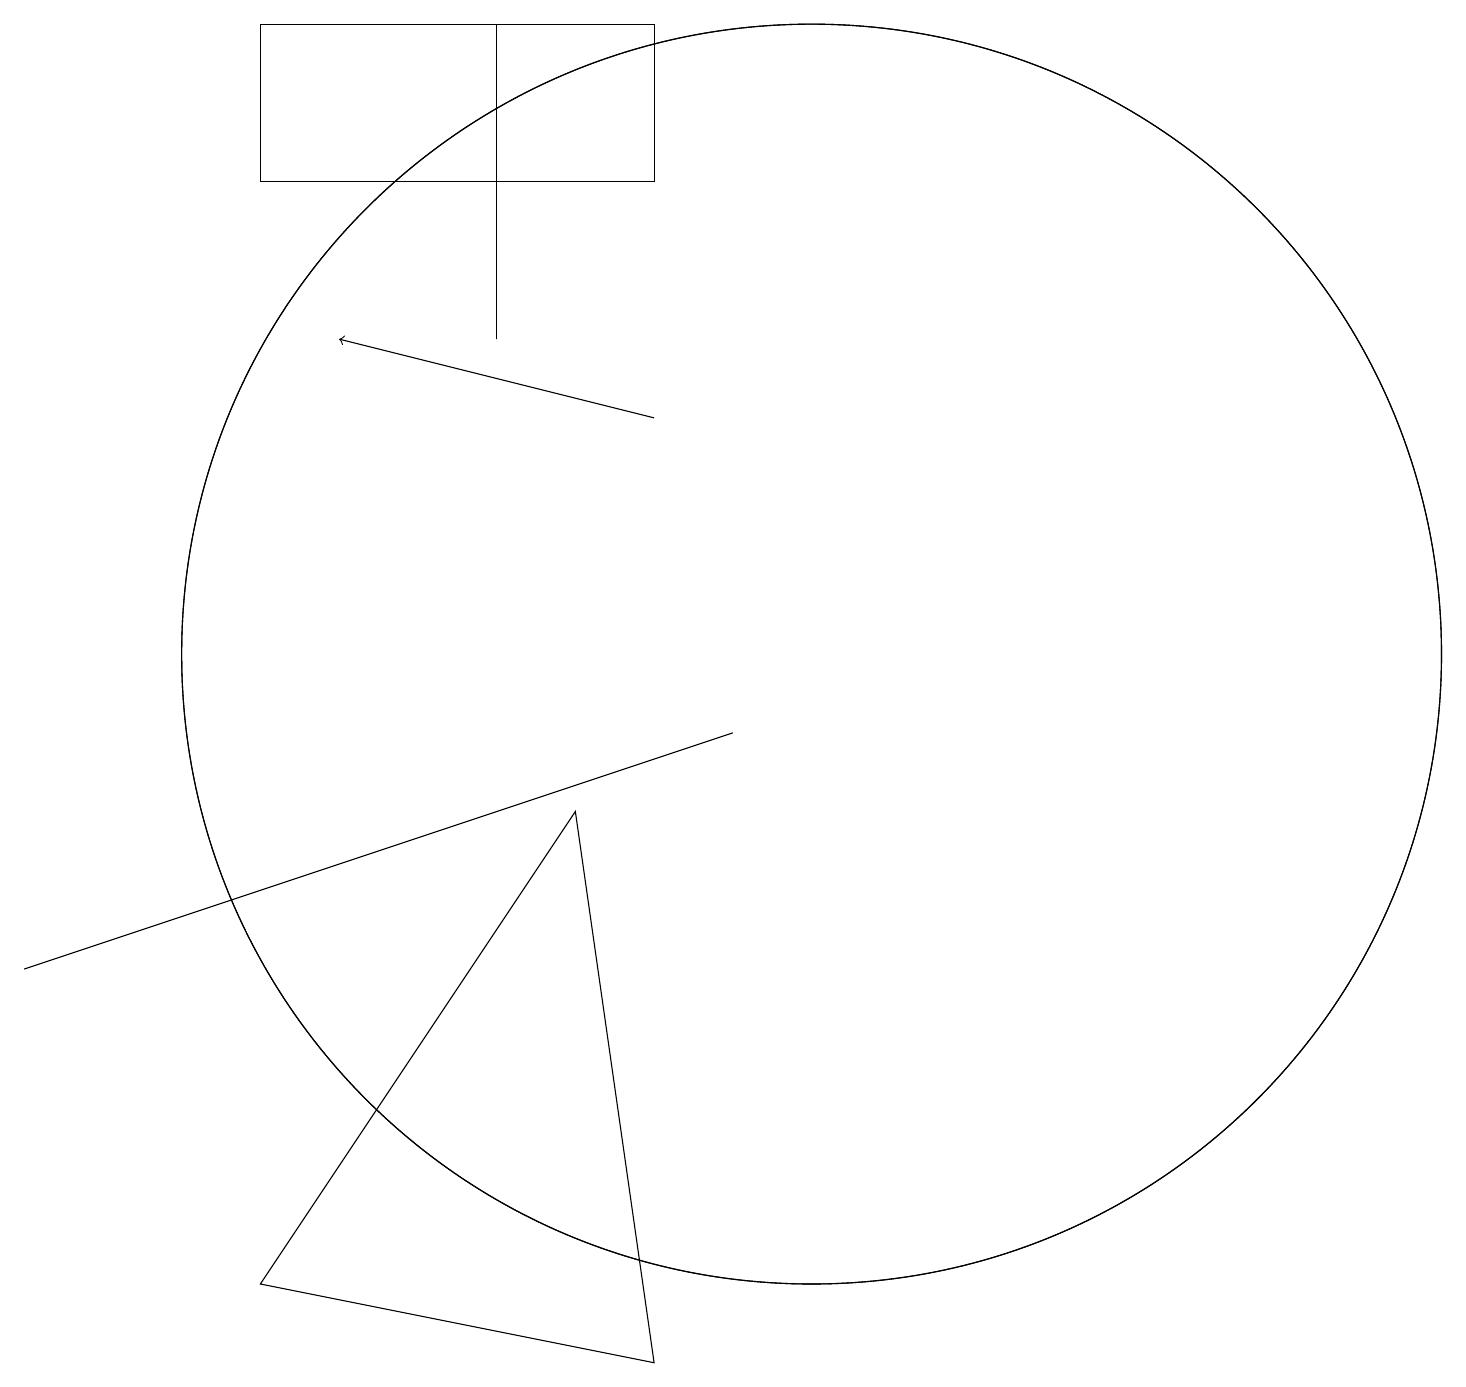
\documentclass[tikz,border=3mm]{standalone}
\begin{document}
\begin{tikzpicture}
\draw (10,10) circle (8);
\draw (10,10) circle (8);
\draw (9,9) -- (6,8) -- (0,6) -- cycle;
\draw (7,8) -- (3,2) -- (8,1) -- cycle;
\draw (3,18) rectangle (8,16);
\draw[->] (8,13) -- (4,14);
\draw (6,18) rectangle (6,14);
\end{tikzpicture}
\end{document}